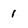
Character: 1